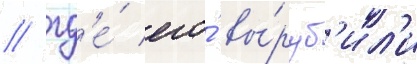
/ гд'е́ его́ вы́руб'ил'и